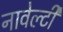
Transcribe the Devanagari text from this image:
नावेल्टी